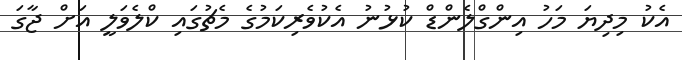
އެކު މިދިޔަ މަހު އިންގްލެންޑް ކުޅުނު އެކުވެރިކަމުގެ މެޗުގައި ކްލެވަލީ އަށް ޖާގަ